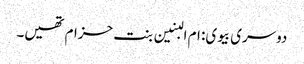
دوسری بیوی: ام البنین بنت حزام تھیں۔